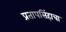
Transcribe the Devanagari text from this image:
प्रतापसिंहाचा